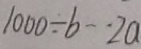
1 0 0 0 \div b \cdots 2 a